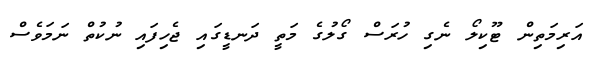
އަރިމަތިން ޓޫކިލޯ ނެގި ހުރަސް ގޯލުގެ މަތީ ދަނޑީގައި ޖެހިފައި ނުކުތް ނަމަވެސް